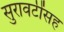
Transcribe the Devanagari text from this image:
सुरावटींसह